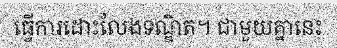
ធ្វើការដោះលែងទណ្ឌិត។ ជាមួយគ្នានេះ